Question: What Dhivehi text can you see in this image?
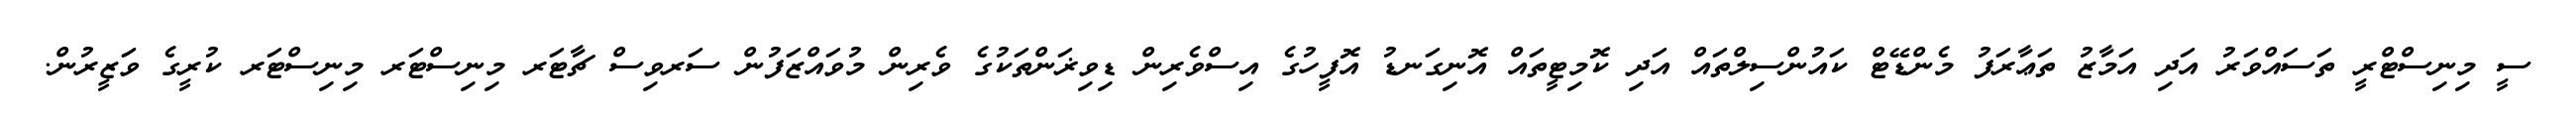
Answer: ސީ މިނިސްޓްރީ ތަސައްވަރު އަދި އަމާޒު ތަޢާރަފު މެންޑޭޓް ކައުންސިލްތައް އަދި ކޮމިޓީތައް އޮނިގަނޑު އޮފީހުގެ އިސްވެރިން ޑިވިޜަންތަކުގެ ވެރިން މުވައްޒަފުން ސަރވިސް ޗާޓަރ މިނިސްޓަރ މިނިސްޓަރ ކުރީގެ ވަޒީރުން.